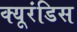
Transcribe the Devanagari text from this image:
क्यूरंडिस